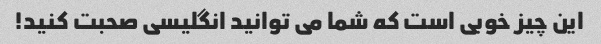
این چیز خوبی است که شما می توانید انگلیسی صحبت کنید!